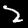
Label: 2